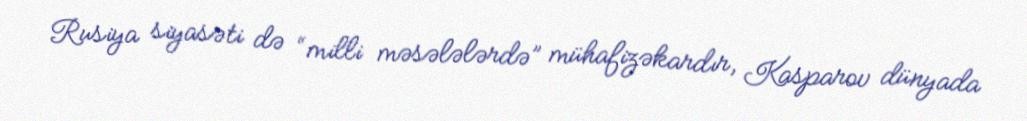
Rusiya siyasəti də “milli məsələlərdə” mühafizəkardır, Kasparov dünyada